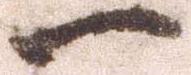
一